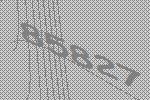
85827